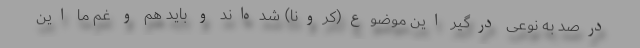
درصد به نوعی درگیر این موضوع(کرونا) شده‌اند و باید همّ و غم ما این